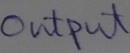
Text: OUTPUT